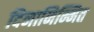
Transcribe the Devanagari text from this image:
दिनानिम्मित